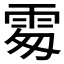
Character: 𩂜